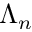
\Lambda _ { n }